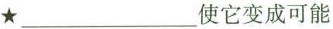
★___使它变成可能